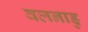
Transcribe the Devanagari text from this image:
वलनाडु